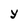
Character: Y